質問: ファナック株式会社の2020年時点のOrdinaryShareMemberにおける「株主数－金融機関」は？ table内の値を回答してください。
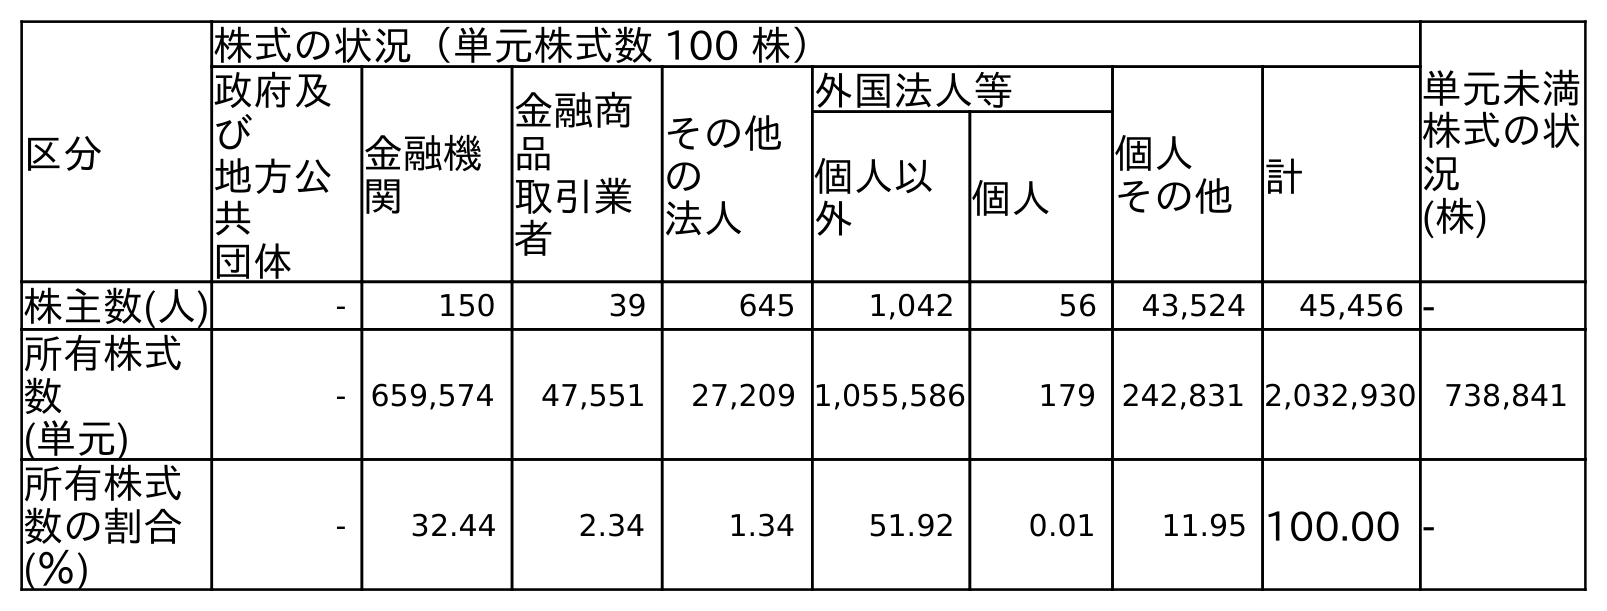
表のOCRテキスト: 区分 株式の状況（単元株式数 100 株） 単元未満 株式の状 況 (株) 政府及 び 地方公 共 団体 金融機 関 金融商 品 取引業 者 その他 の 法人 外国法人等 個人 その他計 個人以 外 個人 株主数(人) - 150 39 645 1,042 56 43,524 45,456 - 所有株式 数 (単元) - 659,574 47,551 27,209 1,055,586 179 242,831 2,032,930 738,841 所有株式 数の割合 (％) - 32.44 2.34 1.34 51.92 0.01 11.95 100.00 -
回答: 150